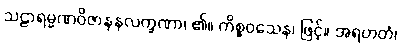
သဠာရမ္မဏဝိဇာနနလက္ခဏာ၊ ၏။ ကိစ္စဝသေန၊ ဖြင့်။ အရဟတံ၊